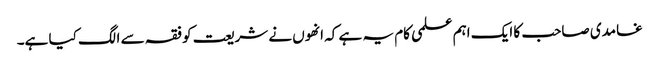
غامدی صاحب کا ایک اہم علمی کام یہ ہے کہ انھوں نے شریعت کو فقہ سے الگ کیا ہے۔